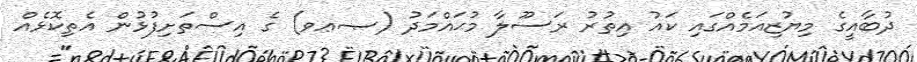
ދުބާއީގެ މިޔުޒިއަމެއްގައި ކައު އިތުރު ރަސޫލާ މުޙައްމަދު (ޞޢވ) ގެ އިސްތަށިފުޅުން އެތިކޮޅެއް